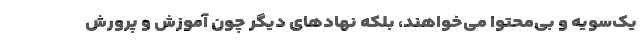
یک‌سویه و بی‌محتوا می‌خواهند، بلکه نهادهای دیگر چون آموزش و پرورش